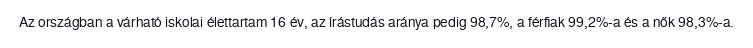
Az országban a várható iskolai élettartam 16 év, az írástudás aránya pedig 98,7%, a férfiak 99,2%-a és a nők 98,3%-a.